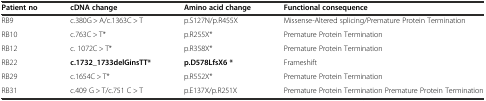
<table><thead><tr><td><b>Patient no</b></td><td><b>cDNA change</b></td><td><b>Amino acid change</b></td><td><b>Functional consequence</b></td></tr></thead><tbody><tr><td>RB9</td><td>c.380G &gt; A/c.1363C &gt; T</td><td>p.S127N/p.R455X</td><td>Missense-Altered splicing/Premature Protein Termination</td></tr><tr><td>RB10</td><td>c.763C &gt; T*</td><td>p.R255X*</td><td>Premature Protein Termination</td></tr><tr><td>RB12</td><td>c. 1072C &gt; T*</td><td>p.R358X*</td><td>Premature Protein Termination</td></tr><tr><td>RB22</td><td><b>c.1732_1733delGinsTT*</b></td><td><b>p.D578LfsX6 *</b></td><td>Frameshift</td></tr><tr><td>RB29</td><td>c.1654C &gt; T*</td><td>p.R552X*</td><td>Premature Protein Termination</td></tr><tr><td>RB31</td><td>c.409 G &gt; T/c.751 C &gt; T</td><td>p.E137X/p.R251X</td><td>Premature Protein Termination Premature Protein Termination</td></tr></tbody></table>